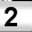
Digit: 2